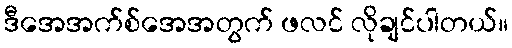
ဒီအေအက်စ်အေအတွက် ဖလင် လိုချင်ပါတယ်။